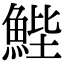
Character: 𮫺